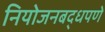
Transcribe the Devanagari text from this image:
नियोजनबद्धपणे